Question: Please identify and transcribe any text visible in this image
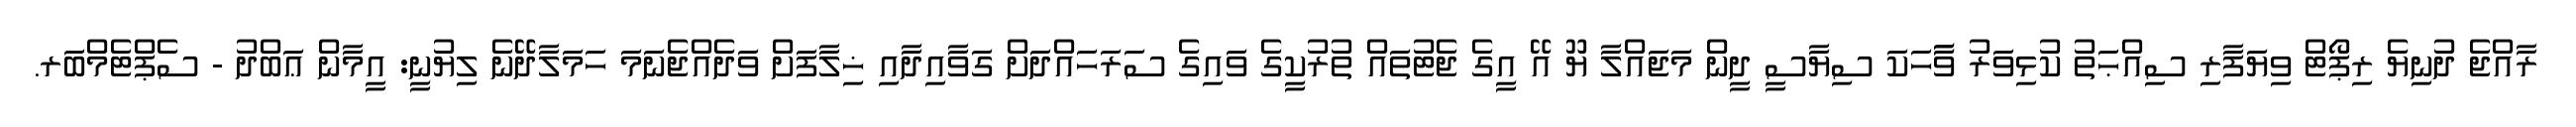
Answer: ރާއްޖެ ދުނިޔެ ރިޕޯޓް ވިޔަފާރި ސިއްޙަތު ކުޅިވަރު ވާާހަކަ ސިޔާސީ ދީން މަޖައްލާ ޔޫ އޭ އީގެ ޖެޓުތައް ތުރުކީގެ ވައިގެ ސަރަހައްދަށް ގަވާއިދާއި ޚިލާފަށް ވަދެއްޖެނަމަ ހަމަލާދޭނެ ލިޔުނީ: އީމާން ޢަބްދު - ސެޕްޓެމްބަރ.